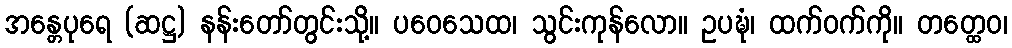
အန္တေပုရေ (ဆဋ္ဌ) နန်းတော်တွင်းသို့။ ပဝေသေထ၊ သွင်းကုန်လော။ ဥပဍ္ဎံ၊ ထက်ဝက်ကို။ တတ္ထေဝ၊